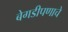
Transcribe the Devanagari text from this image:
बेगडीपणाचे